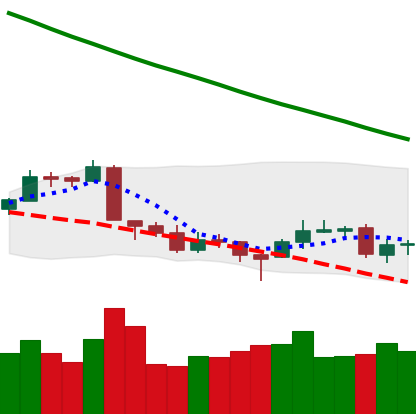
Ticker: LTC-USD
Chart end date: 2018-09-19
Forward return: 6.689%
Label: up_5_7